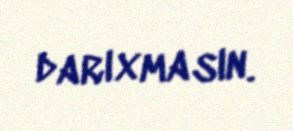
darıxmasın.